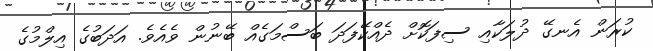
ކުރަން އެނގޭ ދުލަކާއި ސިފަކޮށް ދެއްކޭފަދަ ބަސްމަގެއް ބޭނުން ވެއެވެ. އަދަބުގެ އިލްމުގެ